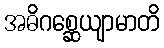
အဓိဂစ္ဆေယျာမာတိ